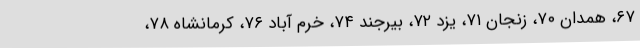
۶۷، همدان ۷۰، زنجان ۷۱، یزد ۷۲، بیرجند ۷۴، خرم آباد ۷۶، کرمانشاه ۷۸،